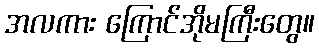
အလကား ကြောင်အိုမကြီးတွေ။